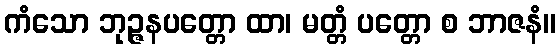
ကံသော ဘုဉ္ဇနပတ္တော ထာ၊ မတ္တံ ပတ္တော စ ဘာဇနံ။